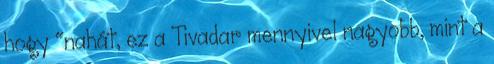
hogy "nahát, ez a Tivadar mennyivel nagyobb, mint a